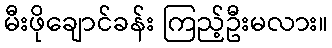
မီးဖိုချောင်ခန်း ကြည့်ဦးမလား။